Triennial report on the lunatic asylums in the province of Eastern Bengal and Assam - 1903-1911
Year: 1903
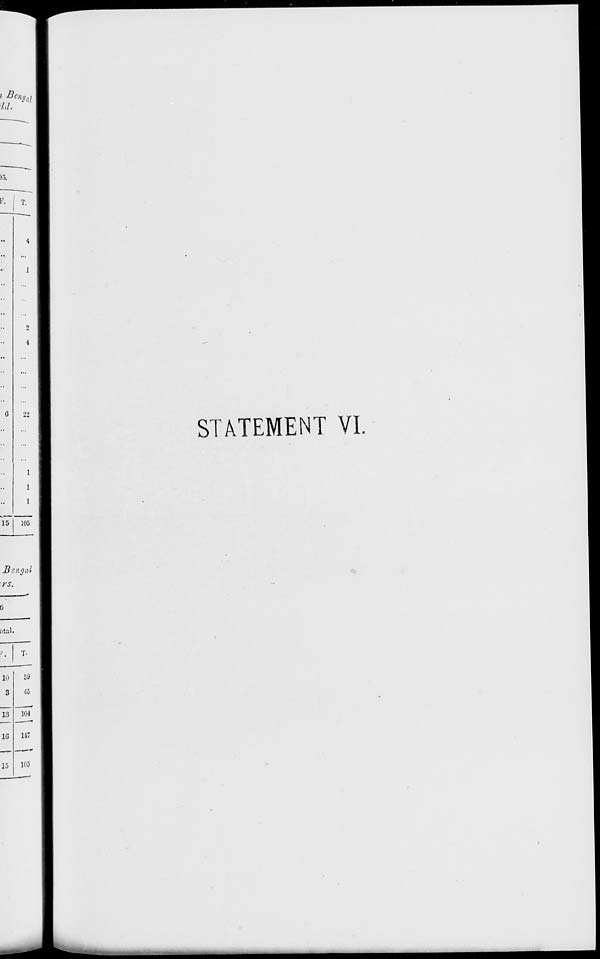
STATEMENT VI.